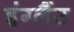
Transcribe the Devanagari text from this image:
इंग्लैंउ